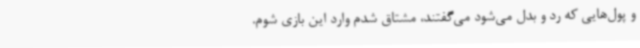
و پول‌هایی که رد و بدل می‌شود می‌گفتند، مشتاق شدم وارد این بازی شوم.